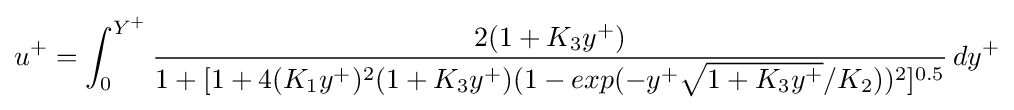
u^{+}=\int _{0}^{Y^{+}}{\frac {2(1+K_{3}y^{+})}{1+[1+4(K_{1}y^{+})^{2}(1+K_{3}y^{+})(1-exp(-y^{+}{\sqrt {1+K_{3}y^{+}}}/K_{2}))^{2}]^{0.5}}}\,dy^{+}